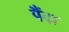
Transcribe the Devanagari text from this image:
पैंदा